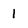
Character: 1